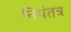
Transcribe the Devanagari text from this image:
नियंतत्र